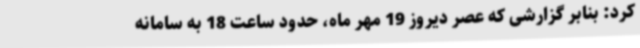
کرد: بنابر گزارشی که عصر دیروز 19 مهر ماه، حدود ساعت 18 به سامانه